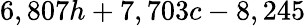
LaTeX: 6,807h+7,703c-8,245